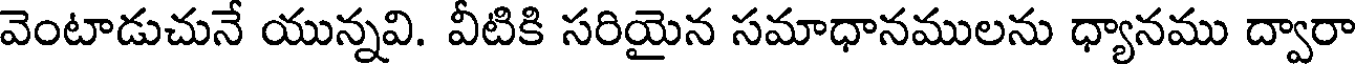
వెంటాడుచునే యున్నవి. వీటికి సరియైన సమాధానములను ధ్యానము ద్వారా